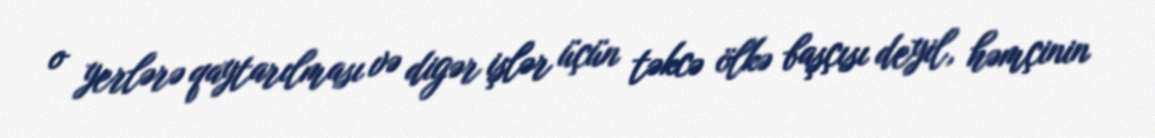
o yerlərə qaytarılması və digər işlər üçün təkcə ölkə başçısı deyil, həmçinin